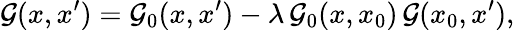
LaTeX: {\cal G}(x,x^{\prime})={\cal G}_{0}(x,x^{\prime})-\lambda\, {\cal G}_{0}(x,x_{0})\, {\cal G}(x_{0},x^{\prime}),